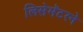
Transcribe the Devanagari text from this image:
लिसेमॅटरने